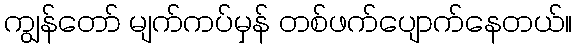
ကျွန်တော် မျက်ကပ်မှန် တစ်ဖက်ပျောက်နေတယ်။